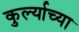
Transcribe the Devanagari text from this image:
कुर्ल्याच्या